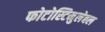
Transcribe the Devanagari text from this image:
फोटोस्टिमुलेबल